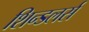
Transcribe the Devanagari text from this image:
शिन्डलर्स